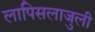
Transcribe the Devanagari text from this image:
लापिसलाजुली